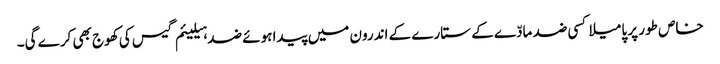
خاص طور پر پامیلا کسی ضد مادّے کے ستارے کے اندرون میں پیدا ہوئے ضد ہیلیئم گیس کی کھوج بھی کرے گی۔